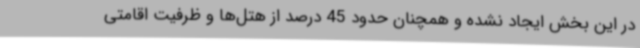
در این بخش ایجاد نشده و همچنان حدود 45 درصد از هتل‌ها و ظرفیت اقامتی